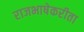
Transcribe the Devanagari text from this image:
राजभाषेकरीता